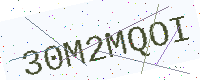
Text: 30M2MQOI